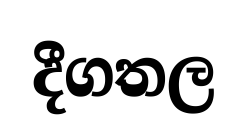
දීගතල